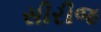
સીરીજ